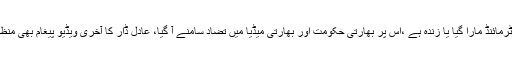
حملے کا ماسٹرمائنڈ مارا گیا یا زندہ ہے ،اس پر بھارتی حکومت اور بھارتی میڈیا میں تضاد سامنے آ گیا، عادل ڈار کا آخری ویڈیو پیغام بھی منظر عام پر آگیا۔